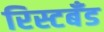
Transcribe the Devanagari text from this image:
रिस्टबँड